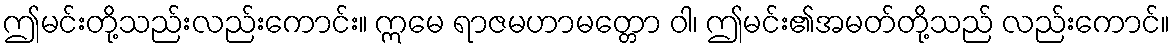
ဤမင်းတို့သည်းလည်းကောင်း။ ဣမေ ရာဇမဟာမတ္တော ဝါ၊ ဤမင်း၏အမတ်တို့သည် လည်းကောင်။